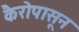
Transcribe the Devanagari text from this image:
कैरोपासून